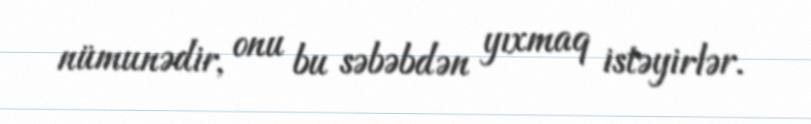
nümunədir, onu bu səbəbdən yıxmaq istəyirlər.